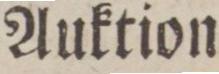
Auktion.